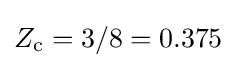
Z_{\text{c}}=3/8=0.375